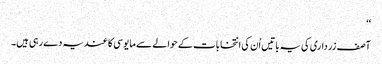
‘‘
آصف زرداری کی یہ باتیں اُن کی انتخابات کے حوالے سے مایوسی کا عندیہ دے رہی ہیں۔